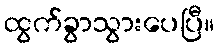
ထွက်ခွာသွားပေပြီ။